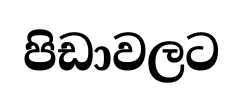
පිඩාවලට